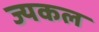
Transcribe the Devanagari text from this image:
ज्यकल